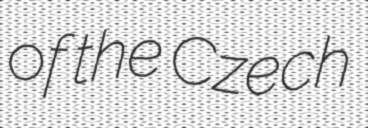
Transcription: of the Czech